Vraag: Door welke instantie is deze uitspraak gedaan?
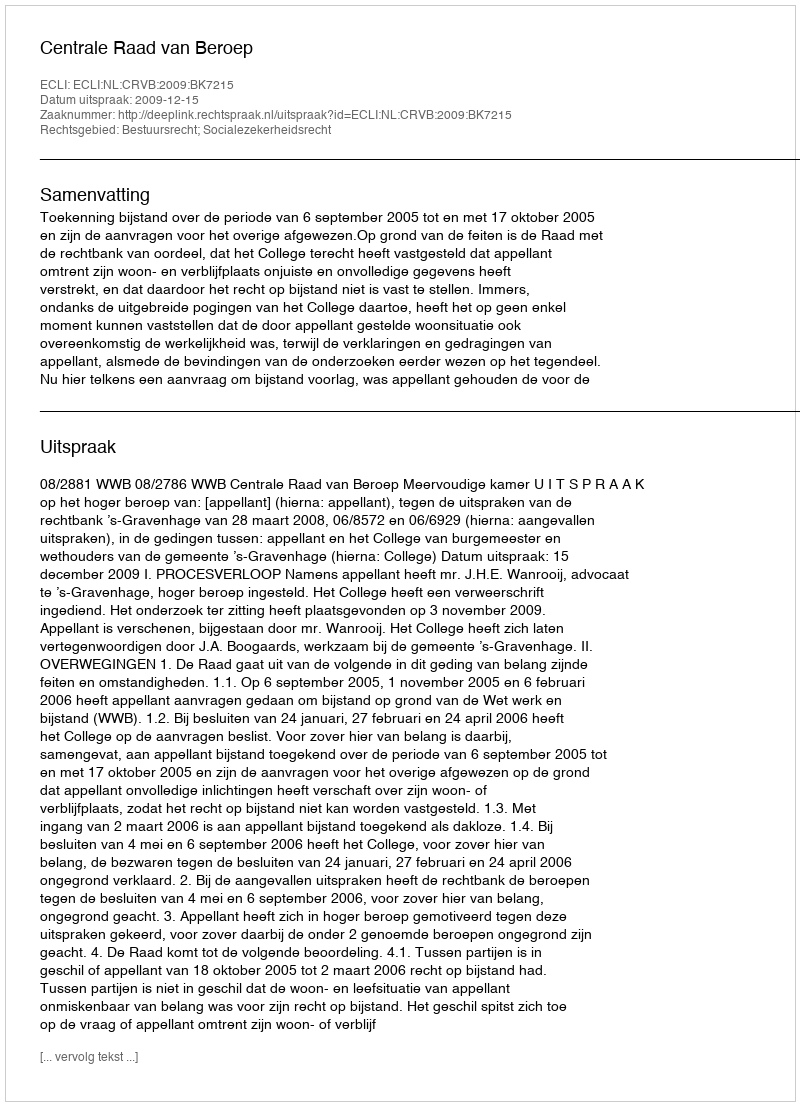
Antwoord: Centrale Raad van Beroep